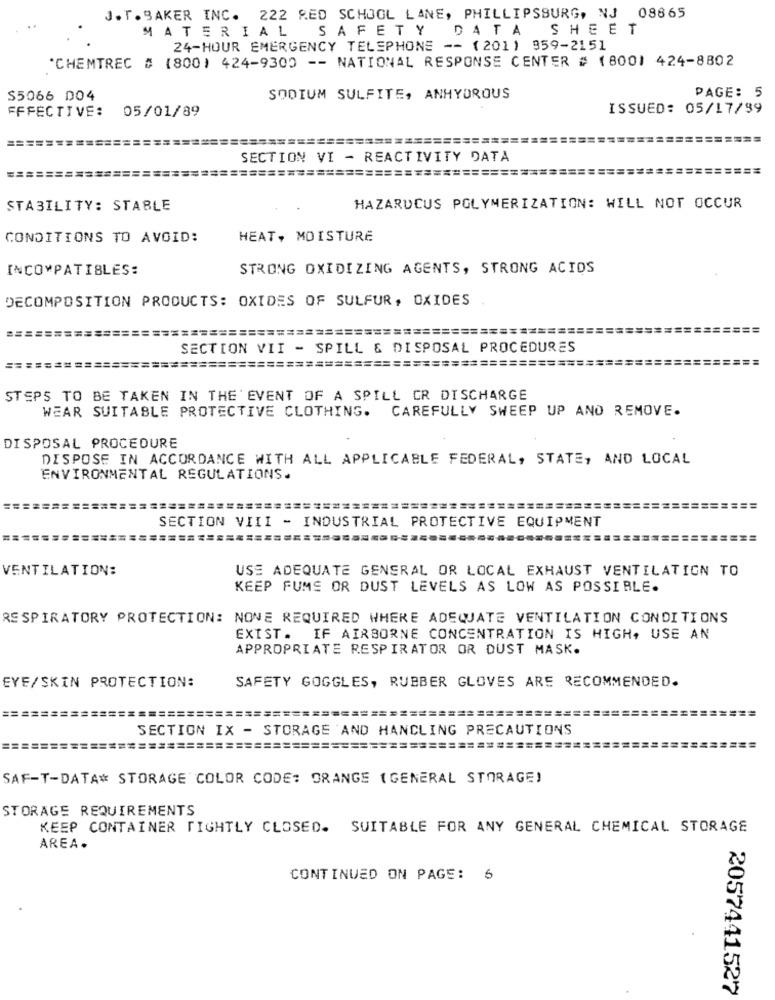
J.T. SAKER INC. 222 RED SCHOOL LANE, PHILLIPSBURG, NJ 08865
MATERIAL SAFETY DATA
SHEET
24-HOUR EMERGENCY TELEPHONE -- (201) 959-2151
"CHEMTREC # (800) 424-9300 -- NATIONAL RESPONSE CENTER # (800) 424-8802
S5066 D04
SODIUM SULFITE, ANHYDROUS
PAGE: 5
EFFECTIVE:
05/01/89
ISSUED: 05/17/99
=======
SECTION VI - REACTIVITY DATA
===
=======
====================
STABILITY: STABLE
HAZARUCUS POLYMERIZATION: WILL NOT OCCUR
CONDITIONS TO AVOID:
HEAT, MOISTURE
INCOMPATIBLES:
STRONG OXIDIZING AGENTS, STRONG ACIDS
DECOMPOSITION PRODUCTS: OXIDES OF SULFUR, OXIDES
=======
=============================================
SECTION VII - SPILL & DISPOSAL PROCEDURES
====
============================
STEPS TO BE TAKEN IN THE EVENT OF A SPILL CR DISCHARGE
WEAR SUITABLE PROTECTIVE CLOTHING. CAREFULLY SWEEP UP AND REMOVE.
DISPOSAL PROCEDURE
DISPOSE IN ACCORDANCE WITH ALL APPLICABLE FEDERAL, STATE, AND LOCAL
ENVIRONMENTAL REGULATIONS.
==
SECTION VIII - INDUSTRIAL PROTECTIVE EQUIPMENT
VENTILATION:
USE ADEQUATE GENERAL OR LOCAL EXHAUST VENTILATION TO
KEEP FUMS OR DUST LEVELS AS LOW AS POSSIBLE.
RESPIRATORY PROTECTION: NONE REQUIRED WHERE ADEQUATE VENTILATION CONDITIONS
EXIST. IF AIRBORNE CONCENTRATION IS HIGH, USE AN
APPROPRIATE RESPIRATOR OR DUST MASK.
EYE/SKIN PROTECTION:
SAFETY GOGGLES, RUBBER GLOVES ARE RECOMMENDED.
== =======
====
==============
======
SECTION IX - STORAGE AND HANCLING PRECAUTIONS
==========
====================
==================
SAF-T-DATA# STORAGE COLOR CODE: ORANGE (GENERAL STORAGE)
STORAGE REQUIREMENTS
KEEP CONTAINER TIGHTLY CLOSED. SUITABLE FOR ANY GENERAL CHEMICAL STORAGE
AREA.
CONTINUED ON PAGE: 6
2057441527